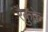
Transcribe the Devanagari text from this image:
रैकुके